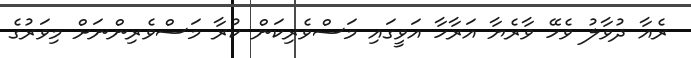
ރެއާ ދުވާލު ވެހޭ ވާރެޔާ އަރާހާ އަވީގައި މަސްވެރިކަން ކުރާ މަސްވެރިންނަށް މިވަރުގެ